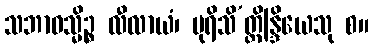
သဘာဝသ္မိဉ္စ လီလာယံ၊ ပုရိသိ’တ္ထိန္ဒြိယေသု စ။